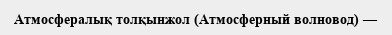
Атмосфералық толқынжол (Атмосферный волновод) —